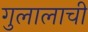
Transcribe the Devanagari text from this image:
गुलालाची